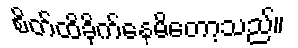
စိတ်ထိခိုက်နေမိတော့သည်။